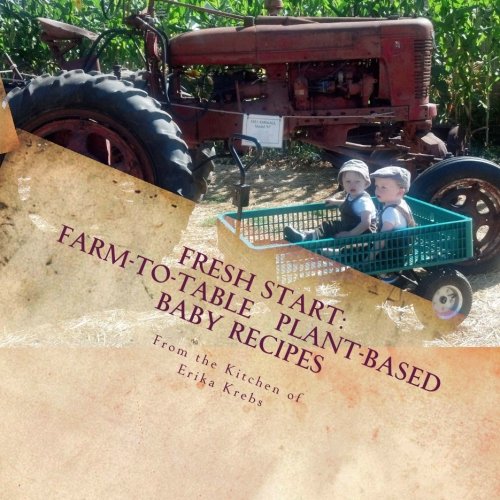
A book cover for Fresh Start: Farm-to-Table, Plant-Based Baby Recipes; Erika Krebs; Cookbooks, Food & Wine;